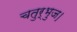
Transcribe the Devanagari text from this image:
चतुर्भुज।